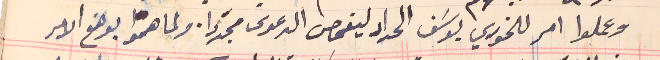
وعملوا امر للخوري يوسَف الحداد ليفحص الدعوى مجدَدا. ولما همّوا بوضع الامر